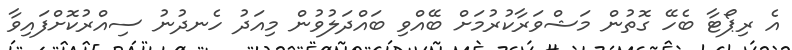
އެ ރިޕޯޓާ ބެހޭ ގޮތުން މަޝްވަރާކުރުމަށް ބޭއްވި ބައްދަލުވުން މިއަދު ހެނދުނު ސިއްރުކޮށްފައިވާ